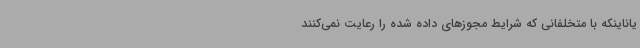
یاناینکه با متخلفانی که شرایط مجوزهای داده شده را رعایت نمی‌کنند